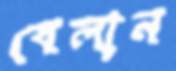
বেলান